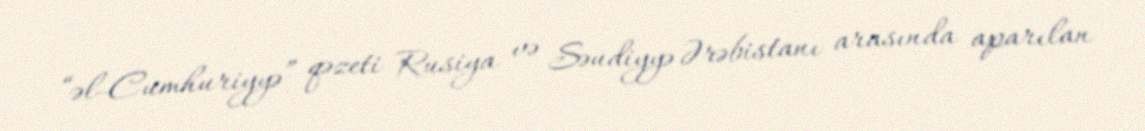
“əl-Cumhuriyyə” qəzeti Rusiya və Səudiyyə Ərəbistanı arasında aparılan